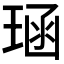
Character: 𪻱